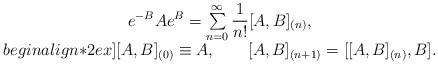
LaTeX: \begin{align*}\begin{array}{c} e^{-B}Ae^B =\sum\limits_{n=0}^\infty\displaystyle\frac 1{n!}[A,B]_{(n)},\\begin{align*}2ex]{}[A,B]_{(0)}\equiv A, \qquad [A,B]_{(n+1)}=[[A,B]_{(n)},B].\end{array}\end{align*}